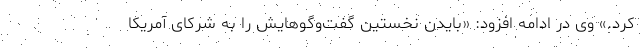
کرد.» وی در ادامه افزود: «بایدن نخستین گفت‌و‌گوهایش را به شرکای آمریکا